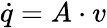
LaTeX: {\dot{q}}=A\cdot v